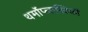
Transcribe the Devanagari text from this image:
थर्मोप्लास्टिकों